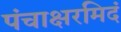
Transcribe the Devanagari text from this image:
पंचाक्षरमिदं